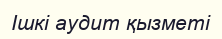
Ішкі аудит қызметі